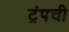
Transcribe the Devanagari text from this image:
ट्रंपची